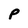
Character: P